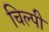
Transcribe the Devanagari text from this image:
चिल्पी